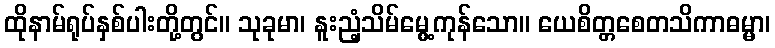
ထိုနာမ်ရုပ်နှစ်ပါးတို့တွင်။ သုခုမာ၊ နူးညံ့သိမ်မွေ့ကုန်သော။ ယေစိတ္တစေတသိကာဓမ္မာ၊